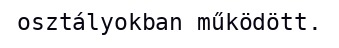
osztályokban működött.